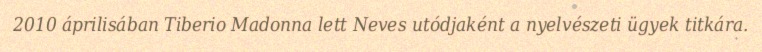
2010 áprilisában Tiberio Madonna lett Neves utódjaként a nyelvészeti ügyek titkára.